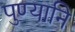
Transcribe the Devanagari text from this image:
पुण्यानि